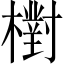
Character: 𣝉